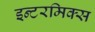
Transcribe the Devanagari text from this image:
इन्टरमिक्स